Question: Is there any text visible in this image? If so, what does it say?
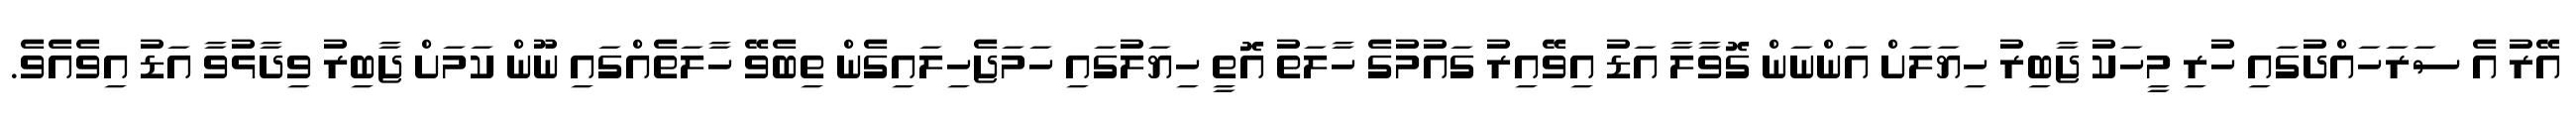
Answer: އޭރު އެ ސަރަހައްދުގައި ހުރި މީހަކު ޖާބިރު ހިޔަލަށް އަންނަން ގޮވާލާ އަޑު އިވޭއިރު ގައުމުގެ ހާލަތު އޮތީ ހިޔަލުގައި ހަމަޖެހިލައިގެން ތިބެވޭ ހާލަތެއްގައި ނޫން ކަމަށް ޖާބިރު ވިދާޅުވާ އަޑު އިވެއެވެ.